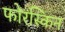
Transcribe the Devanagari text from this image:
फोरस्किन